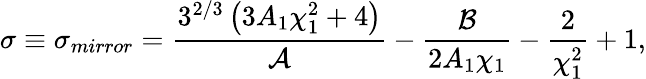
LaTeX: \sigma\equiv\sigma_{mirror}=\frac{3^{2/3}\left(3A_{1}\chi_{1}^{2}+4\right)}{\mathcal{A}}-\frac{\mathcal{B}}{2A_{1}\chi_{1}}-\frac{2}{\chi_{1}^{2}}+1,